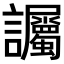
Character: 𫍘